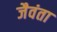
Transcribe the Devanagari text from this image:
जैवंता